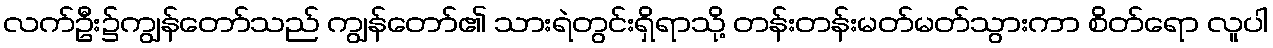
လက်ဦး၌ကျွန်တော်သည် ကျွန်တော်၏ သားရဲတွင်းရှိရာသို့ တန်းတန်းမတ်မတ်သွားကာ စိတ်ရော လူပါ